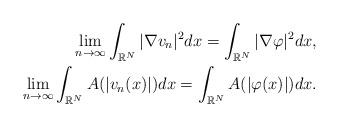
LaTeX: \begin{align*} \lim_{n\to \infty}\int_{\mathbb{R}^N}|\nabla v_n|^2dx=\int_{\mathbb{R}^N}|\nabla \varphi|^2dx,\\ \lim_{n \to \infty}\int_{\mathbb{R}^N}A(|v_n(x)|)dx=\int_{\mathbb{R}^N}A(|\varphi(x)|)dx. \end{align*}